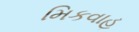
મિકવાહ